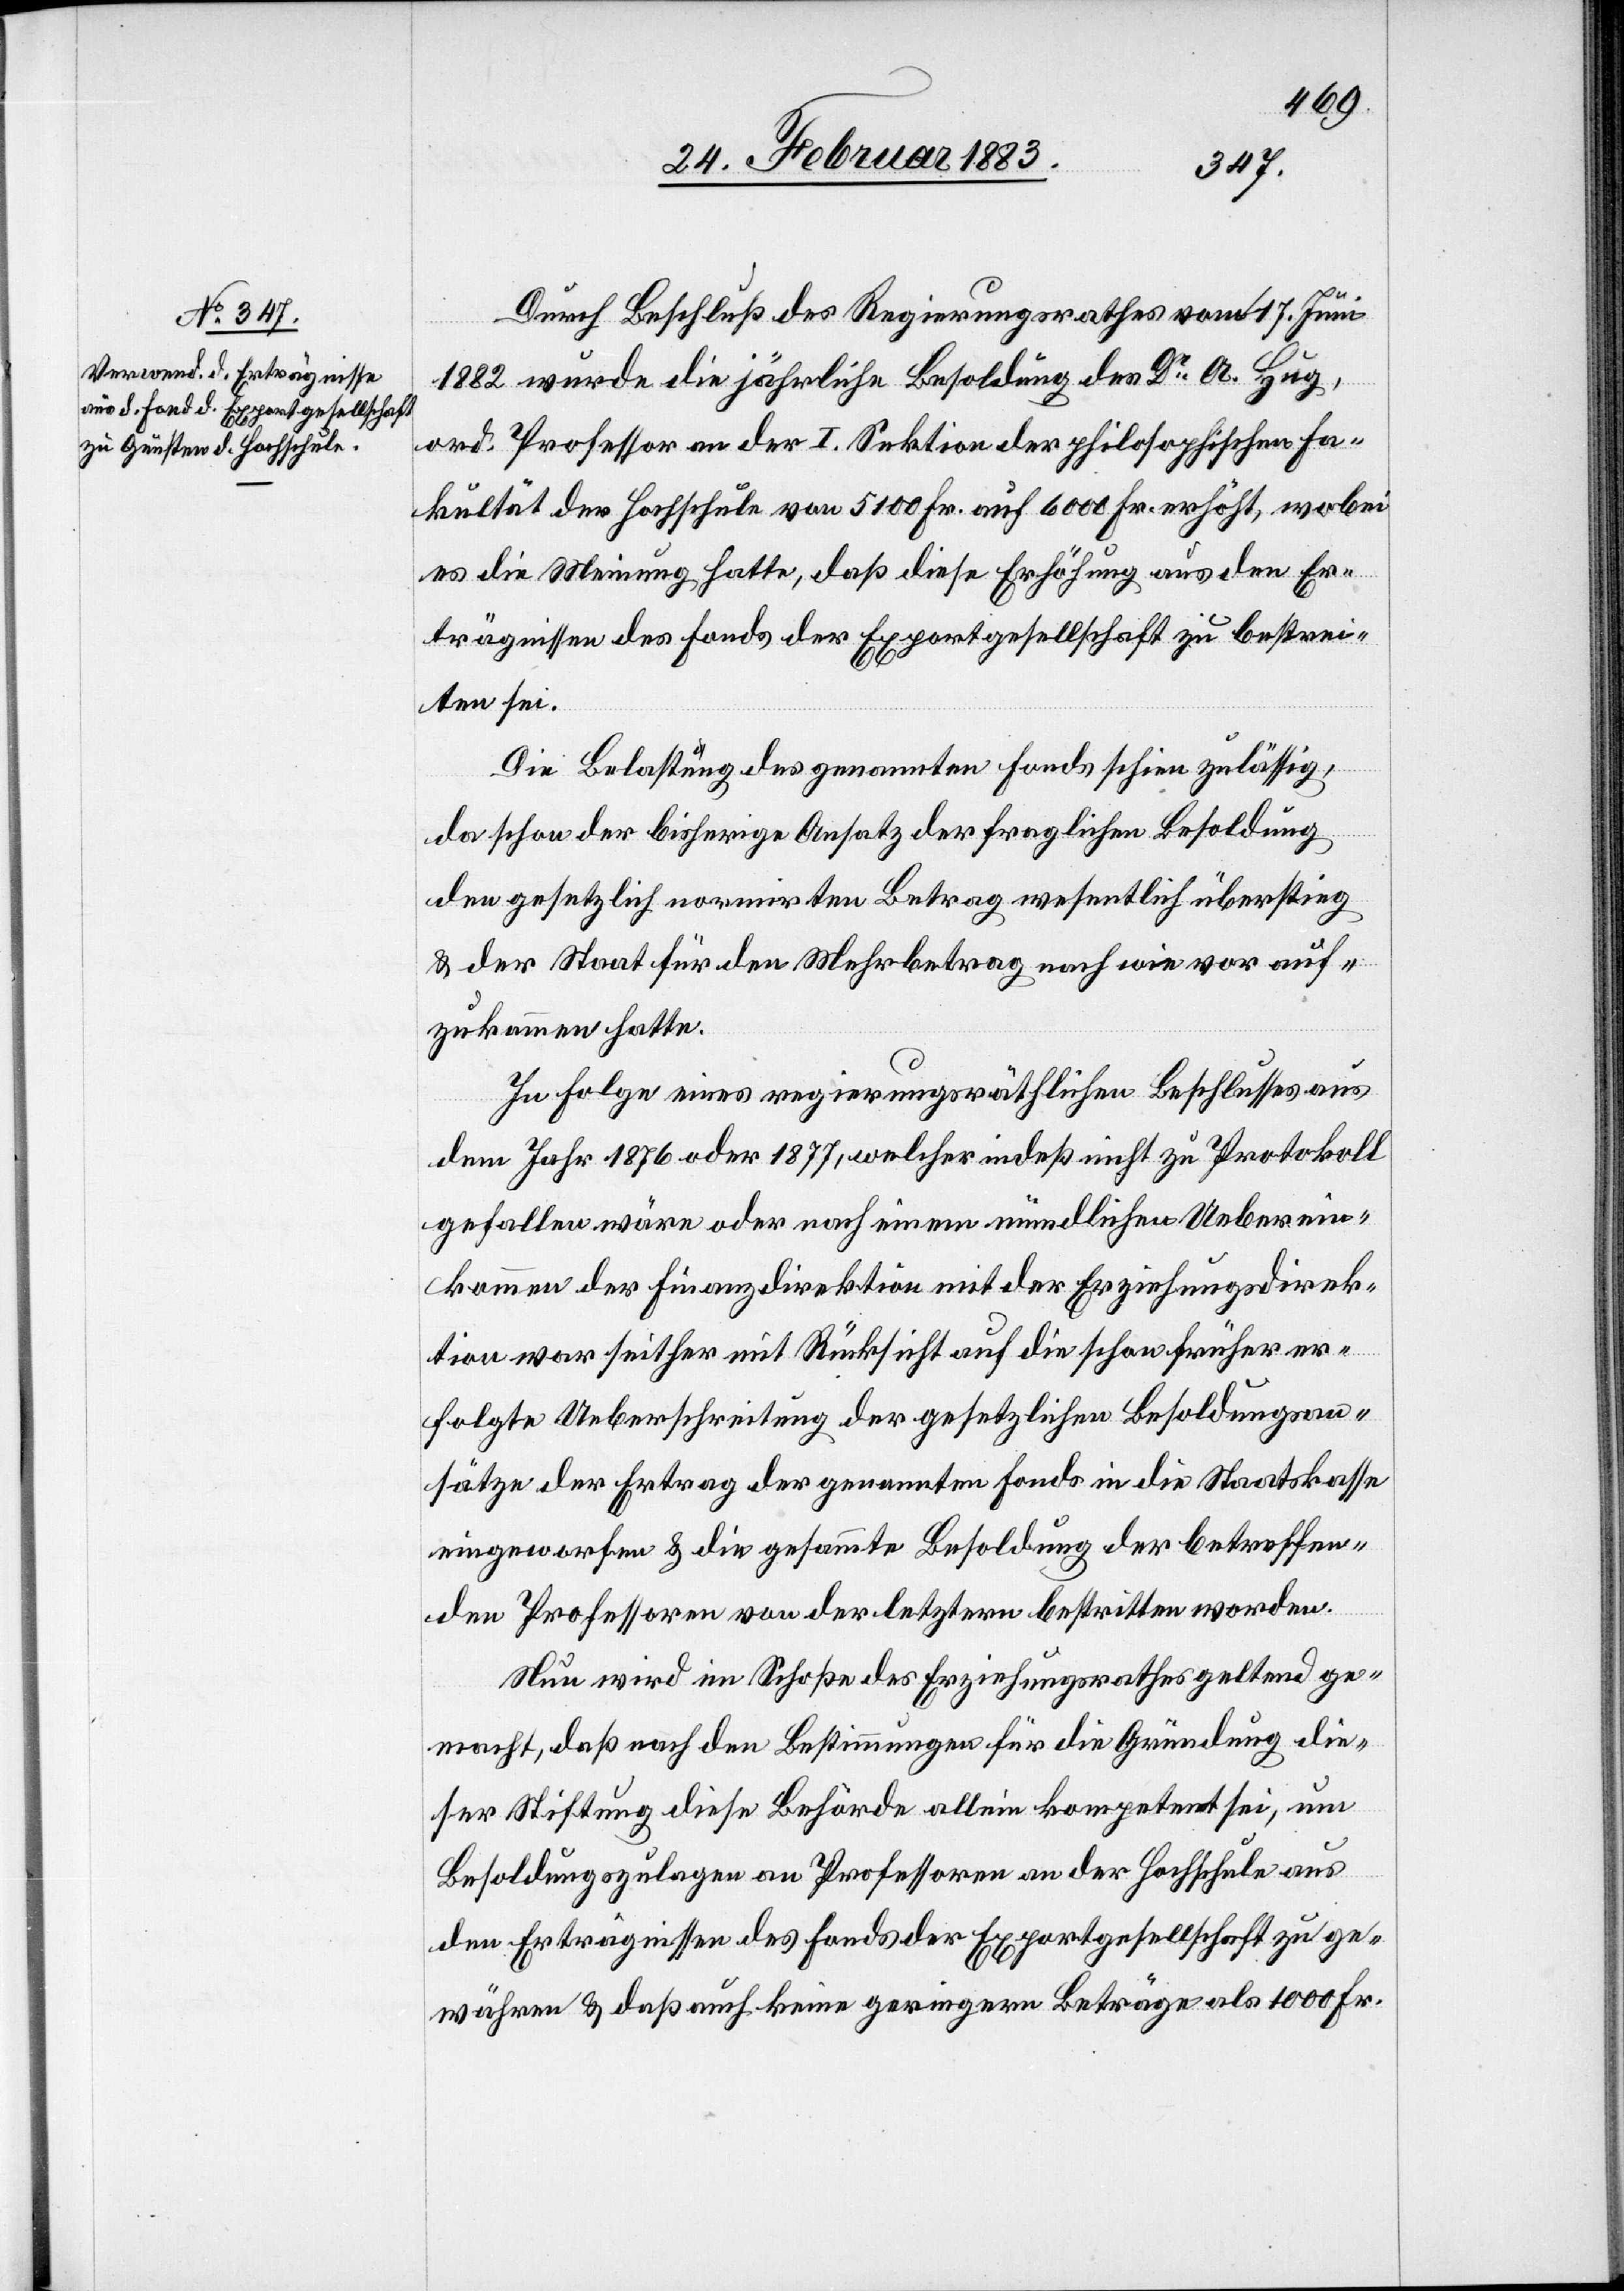
Durch Beschluß des Regierungsrathes vom 17. Juni
1882 wurde die jährliche Besoldung des Dr A. Hug,
ord. Professor an der I. Sektion der philosophischen Fa¬
kultät der Hochschule von 5100 Fr. auf 6000 Fr. erhöht, wobei
es die Meinung hatte, daß diese Erhöhung aus den Er¬
trägnissen des Fonds der Exportgesellschaft zu bestrei¬
ten sei.
Die Belastung des genannten Fonds schien zulässig,
da schon der bisherige Ansatz der fraglichen Besoldung
den gesetzlich normirten Betrag wesentlich überstieg
& der Staat für den Mehrbetrag nach wie vor auf¬
zukommen hatte.
In Folge eines regierungsräthlichen Beschlusses aus
dem Jahr 1876 oder 1877, welcher indeß nicht zu Protokoll
gefallen wäre oder nach einem mündlichen Ueberein¬
kommen der Finanzdirektion mit der Erziehungsdirek¬
tion war seither mit Rücksicht auf die schon früher er¬
folgte Ueberschreitung der gesetzlichen Besoldungsan¬
sätze der Ertrag der genannten Fonds in die Staatskasse
eingeworfen & die gesammte Besoldung der betreffen¬
den Professoren von der letztern bestritten worden.
Nun wird im Schoße des Erziehungsrathes geltend ge¬
macht, daß nach den Bestimmungen für die Gründung die¬
ser Stiftung, diese Behörde allein kompetent sei, um
Besoldungszulagen an Professoren an der Hochschule aus
den Erträgnissen des Fonds der Exportgesellschaft zu ge¬
währen & daß auch keine geringern Beträge als 1000 Fr.